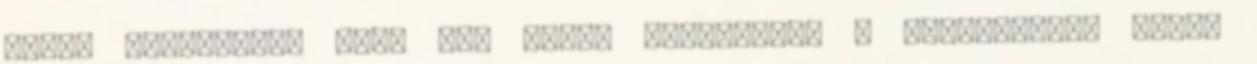
olyan bonyolult, mint azt sokan gondolnák. A béltisztító kúrát